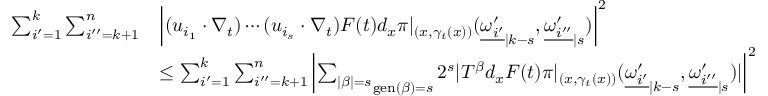
\begin{array} { r l } { \sum _ { i ^ { \prime } = 1 } ^ { k } \sum _ { i ^ { \prime \prime } = k + 1 } ^ { n } } & { \left| ( u _ { i _ { 1 } } \cdot \nabla _ { t } ) \cdots ( u _ { i _ { s } } \cdot \nabla _ { t } ) F ( t ) d _ { x } \pi | _ { ( x , \gamma _ { t } ( x ) ) } ( { \underline { { \omega _ { i ^ { \prime } } ^ { \prime } } } } _ { | k - s } , { \underline { { \omega _ { i ^ { \prime \prime } } ^ { \prime } } } } _ { | s } ) \right| ^ { 2 } } \\ & { \leq \sum _ { i ^ { \prime } = 1 } ^ { k } \sum _ { i ^ { \prime \prime } = k + 1 } ^ { n } \left| \mathop { \sum _ { | \beta | = s } } _ { \operatorname { g e n } ( \beta ) = s } 2 ^ { s } | T ^ { \beta } d _ { x } F ( t ) \pi | _ { ( x , \gamma _ { t } ( x ) ) } ( { \underline { { \omega _ { i ^ { \prime } } ^ { \prime } } } } _ { | k - s } , { \underline { { \omega _ { i ^ { \prime \prime } } ^ { \prime } } } } _ { | s } ) | \right| ^ { 2 } } \end{array}